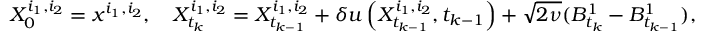
X _ { 0 } ^ { i _ { 1 } , i _ { 2 } } = x ^ { i _ { 1 } , i _ { 2 } } , \quad X _ { t _ { k } } ^ { i _ { 1 } , i _ { 2 } } = X _ { t _ { k - 1 } } ^ { i _ { 1 } , i _ { 2 } } + \delta u \left( X _ { t _ { k - 1 } } ^ { i _ { 1 } , i _ { 2 } } , t _ { k - 1 } \right) + \sqrt { 2 \nu } ( B _ { t _ { k } } ^ { 1 } - B _ { t _ { k - 1 } } ^ { 1 } ) ,